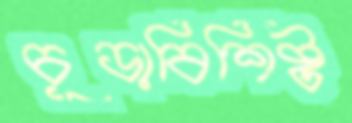
চূড়াবিশিষ্ট